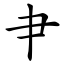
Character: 肀